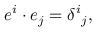
e ^ { i } \cdot e _ { j } = \delta ^ { i } { } _ { j } ,